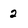
Character: 2